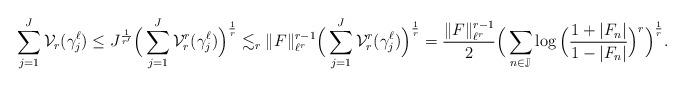
LaTeX: \begin{align*}\sum_{j=1}^{J}\mathcal{V}_r(\gamma_j^\ell)\leq J^{\frac1{r'}} \Big(\sum_{j=1}^{J}\mathcal{V}^r_r(\gamma_j^\ell)\Big)^{\frac1r}\lesssim_r \|F\|_{\ell^r}^{r-1}\Big(\sum_{j=1}^J \mathcal{V}_r^r(\gamma_j^\ell)\Big)^{\frac 1r}=\frac{\|F\|_{\ell^r}^{r-1}}2\Big(\sum_{n\in\mathbb{J}}\log\Big(\frac{1+|F_n|}{1-|F_n|}\Big)^r\Big)^{\frac 1r}.\end{align*}